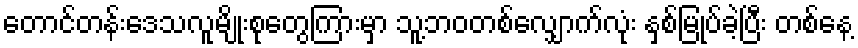
တောင်တန်းဒေသလူမျိုးစုတွေကြားမှာ သူ့ဘဝတစ်လျှောက်လုံး နှစ်မြုပ်ခဲ့ပြီး တစ်နေ့